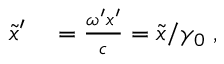
\begin{array} { r l } { \tilde { x } ^ { \prime } } & { { } = \frac { \omega ^ { \prime } x ^ { \prime } } { c } = \tilde { x } / \gamma _ { 0 } \; , } \end{array}